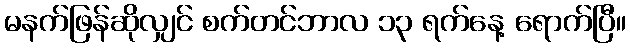
မနက်ဖြန်ဆိုလျှင် စက်တင်ဘာလ ၁၃ ရက်နေ့ ရောက်ပြီ။